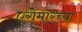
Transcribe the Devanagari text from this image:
एरोमारच्या